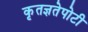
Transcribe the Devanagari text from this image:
कृतज्ञतेपोटी